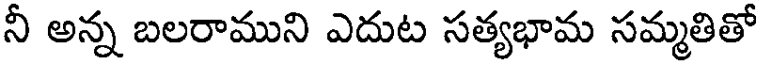
నీ అన్న బలరాముని ఎదుట సత్యభామ సమ్మతితో